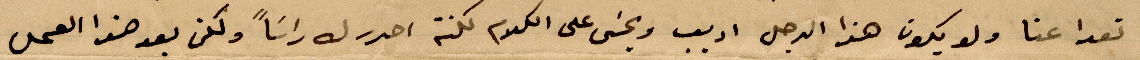
تعدا عنا ولو يكون هذا الرجل اديب و%% على الكلام لكنت احرر له راسًا ولكن بعد هذا العمل